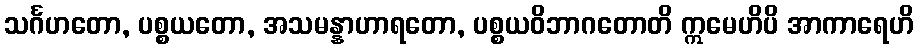
သင်္ဂဟတော, ပစ္စယတော, အသမန္နာဟာရတော, ပစ္စယဝိဘာဂတောတိ ဣမေဟိပိ အာကာရေဟိ